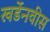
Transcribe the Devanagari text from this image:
खर्डेनवीस